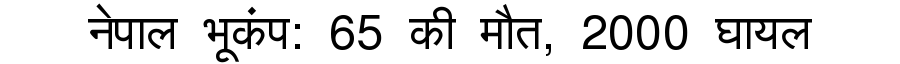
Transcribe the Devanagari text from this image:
नेपाल भूकंप: 65 की मौत, 2000 घायल